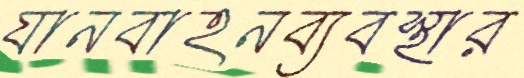
যানবাহনব্যবস্থার